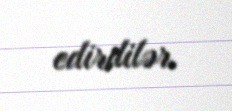
edirdilər.